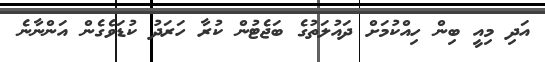
އަދި މިއީ ބިން ހިއްކުމަށް ދައުލަތުގެ ބަޖެޓުން ކުރާ ހަރަދު ކުޑަވެގެން އަންނާނެ